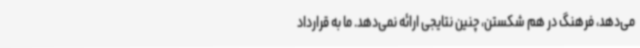
می‌دهد، فرهنگ در هم شکستن، چنین نتایجی ارائه نمی‌دهد. ما به قرارداد